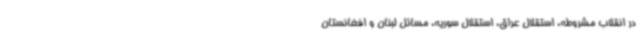
در انقلاب مشروطه، استقلال عراق، استقلال سوریه، مسائل لبنان و افغانستان